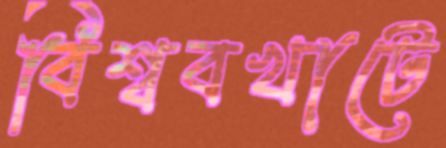
বিশ্ববখাটে